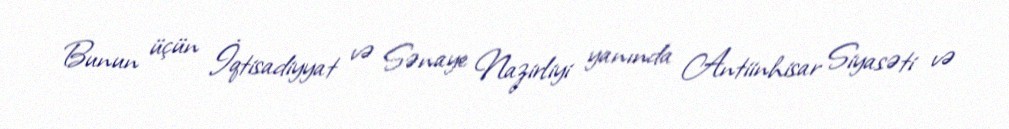
Bunun üçün İqtisadiyyat və Sənaye Nazirliyi yanında Antiinhisar Siyasəti və